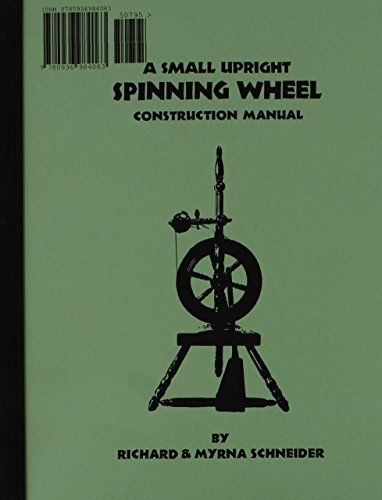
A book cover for Small Upright Spinning Wheel Construction Manual; Richard Schneider; Crafts, Hobbies & Home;